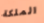
الملكة